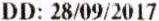
DD: 28/09/2017